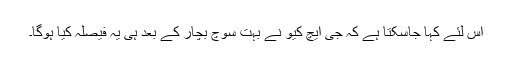
اس لئے کہا جاسکتا ہے کہ جی ایچ کیو نے بہت سوچ بچار کے بعد ہی یہ فیصلہ کیا ہوگا۔